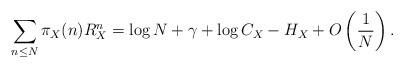
LaTeX: \begin{align*}\sum_{n \leq N} \pi_{X}(n) R_{X}^{n} = \log N + \gamma+ \log C_{X}- H_{X} + O \left( \frac{1}{N} \right). \end{align*}